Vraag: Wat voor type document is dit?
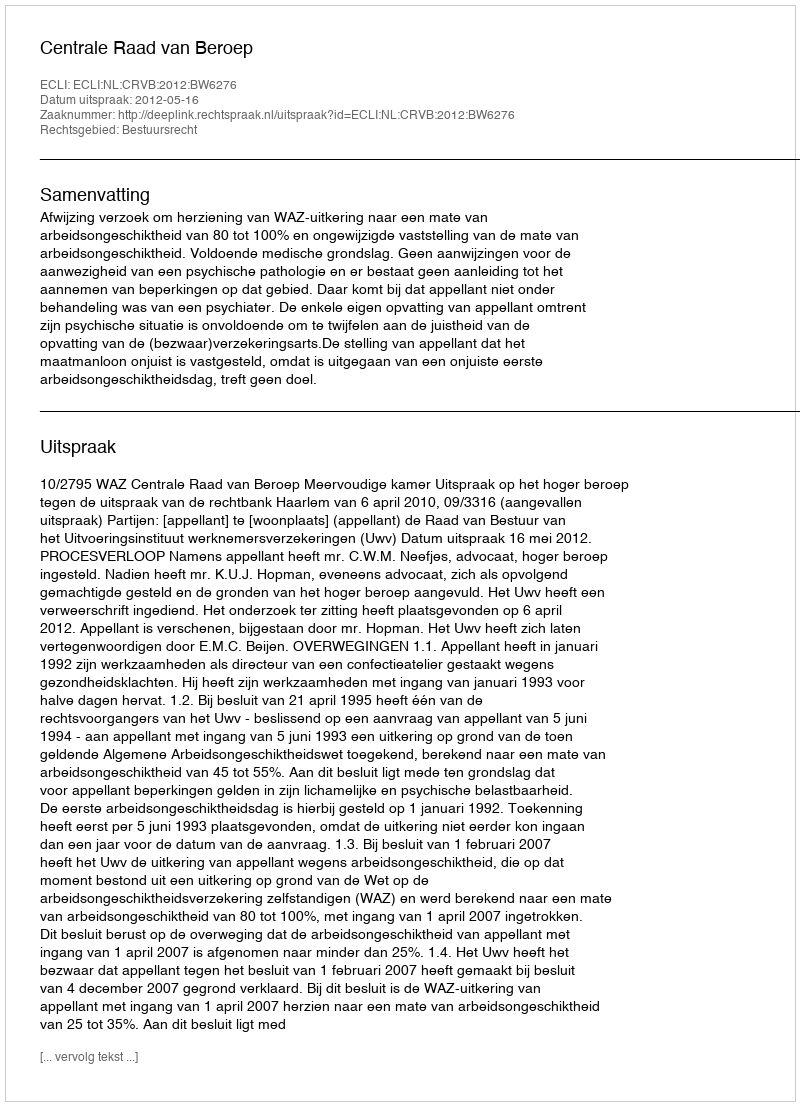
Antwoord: Uitspraak